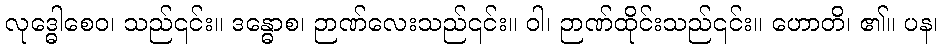
လုဒ္ဓေါစေဝ၊ သည်၎င်း။ ဒန္ဓောစ၊ ဉာဏ်လေးသည်၎င်း။ ဝါ၊ ဉာဏ်ထိုင်းသည်၎င်း။ ဟောတိ၊ ၏။ ပန၊